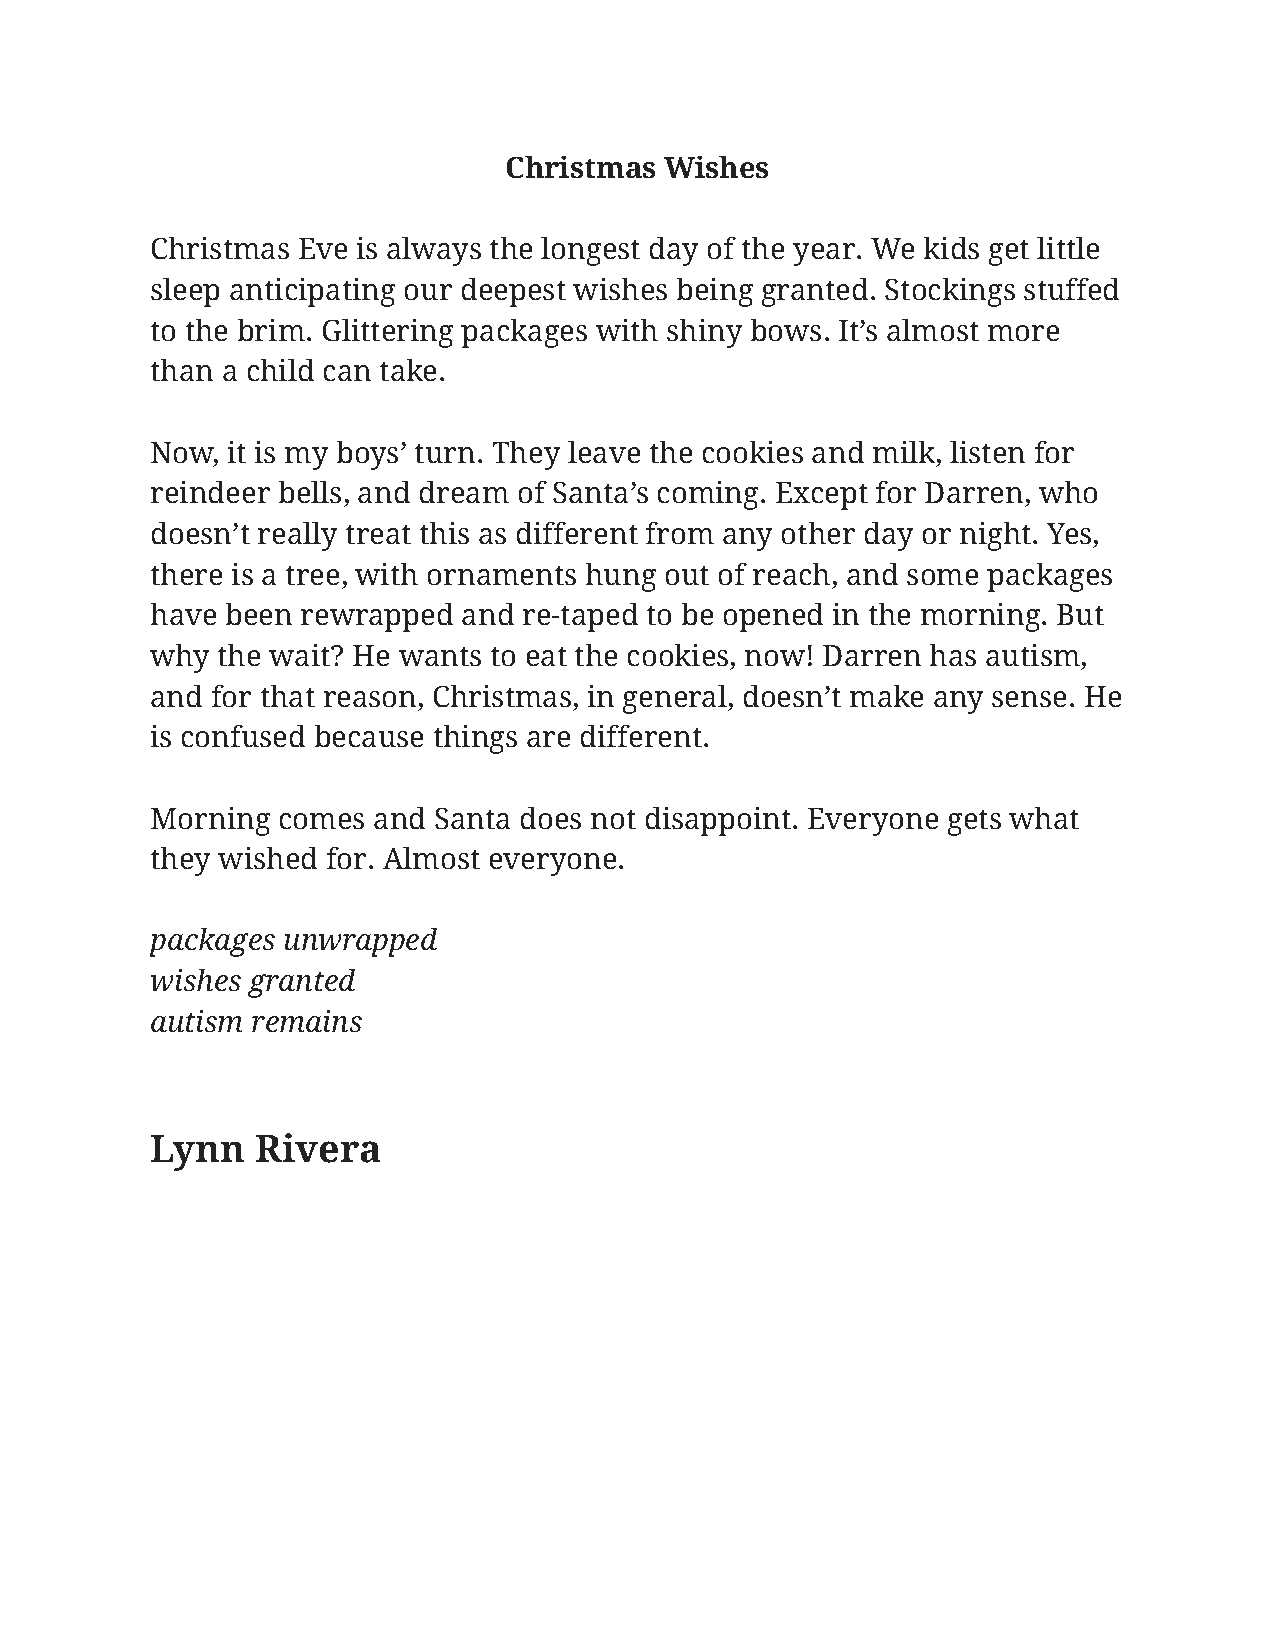
Christmas  Wishes
 Christmas Eve is always the longest day of the year. We kids get little
 sleep anticipating our deepest wishes being granted. Stockings stuffed
 to the brim. Glittering packages with shiny bows. It’s almost more
 than a child can take.
 Now, it is my boys’ turn. They leave the cookies and milk, listen for
 reindeer bells, and dream of Santa’s coming. Except for Darren, who
 doesn’t really treat this as different from any other day or night. Yes,
 there is a tree, with ornaments hung out of reach, and some packages
 have been rewrapped  and re-taped to be opened in the morning. But
 why the wait? He wants to eat the cookies, now! Darren has autism,
 and for that reason, Christmas, in general, doesn’t make any sense. He
 is confused because things are different.
 Morning comes  and Santa does not disappoint. Everyone gets what
 they wished for. Almost everyone.
 packages unwrapped
 wishes granted
 autism remains
 Lynn   Rivera